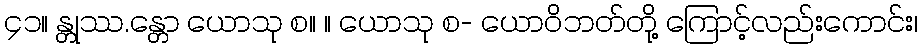
၄၁။ န္တုဿ.န္တော ယောသု စ။ ။ ယောသု စ- ယောဝိဘတ်တို့ ကြောင့်လည်းကောင်း၊